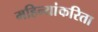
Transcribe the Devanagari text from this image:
महिन्यांकरिता